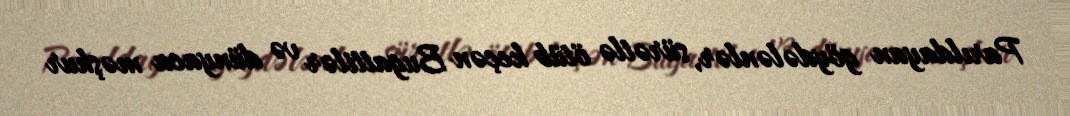
Parıldayan göydələnlər, sürətlə ötüb keçən Bugattilər və dünyaca məşhur